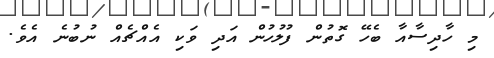
މި ހާދިސާއާ ބެހޭ ގޮތުން ފުލުހުން އަދި ވަކި އެއްޗެއް ނުބުނެ އެވެ.